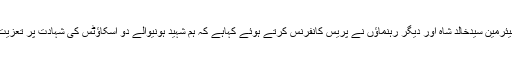
دریں اثناء آل پرائیویٹ اسکول مینجمنٹ ایسوسی ایشن سندھ کے چیئرمین سیدخالد شاہ اور دیگر رہنماؤں نے پریس کانفرنس کرتے ہوئے کہاہے کہ ہم شہید ہونیوالے دو اسکاؤٹس کی شہادت پر تعزیت کا اظہار کرتے ہوئے ملزمان کی گرفتاری کامطالبہ کرتے ہیں۔